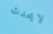
لايحدث